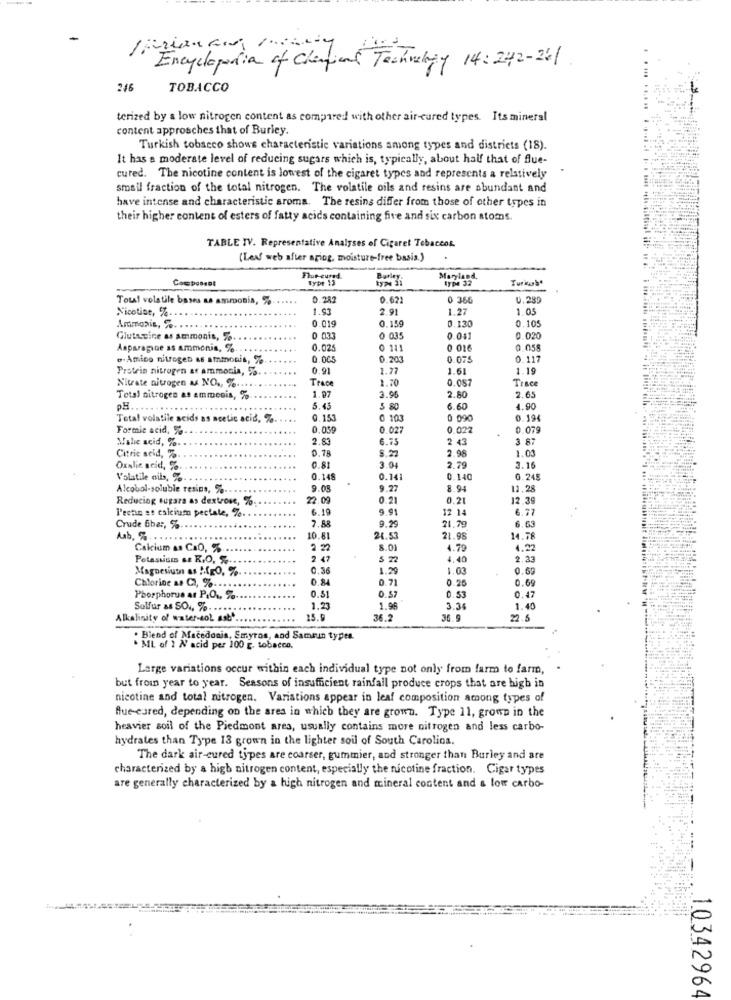
Encyclopedia of Chemical Technology 14:242-261
246
TOBACCO
. .... ....
terized by a low nitrogen content as compared with other air-cured types. Its mineral
content approsches that of Burley.
Turkish tobacco shows characteristic variations among types and districts (18).
It has a moderate level of reducing sugars which is, typically, about half that of flue-
cured. The nicotine content is lowest of the cigaret types and represents a relatively
small fraction of the total nitrogen. The volatile oils and resins are abundant and
have intense and characteristic aroma. The resins differ from those of other types in
their higher content of esters of fatty acids containing fire and six carbon atoms.
TABLE IV. Representative Analyses of Cigaret Tobaccos.
(Leaf web after aring, moisture-free basis.)
Maryland
1TD4 32
Turkul'
Total volstile bases as ammonia, %
.....
0.282
0.622
0 366
0.282
Nicotine, %.
1.93
2.91
1.27
1.05
0.019
0.130
0.105
Ammonin, %
0.159
Glutucine as ammonis, %
0 03
0 035
0.041
0.020
Asparagice as ammonia, %
0.025
0 111
0 016
0.055
o-Amino nitrogen as ammonis, %
0.005
0.203
0.075
0.117
Protein nitrogen af ammonia, %.
0.91
1.77
1.61
1.19
Nitrate nitrogen & NO ., % ....
Trace
2.20
0.057
Trace
1.07
3.96
Total nitrogen as ammenis, %
2.80
2.65
pa ...
5.45
5 80
6.60
4.90
Total volatile acids as acetic acid, %
0.153
0 103
0 090
0.194
Formic acid, %
0.059
0.027
0.022
0.079
Male acid, %. .
2.8
6.75
2 43
3 87
D. 78
8.2
2.98
1.00
Citric acid, %.
Oxalic acid, %
0.81
3.0
2.79
3.16
Volatile oils, %
0.148
0.141
0.140
6.245
Alcobol-soluble resins, %
9.08
9.27
8.94
12.28
Reducing sugara as dextrose, %
22.09
0.21
0.21
12.39
l'echo at calcium pectale, %.
6.19
9.91
12 14
6.77
7.8
9.29
Crude Ebar, %
21.79
6.63
Ab. ..
10.8
21.53
21.98
14.78
Calcium as CaO, %
2 22
8.01
4.79
4.22
2 47
5 22
4.40
2.33
Magnesium as MEO, %
0.36
1.20
1.03
0.69
Chlorine as CI, %. .
0.84
0.7
0.26
0.6
0.47
Phosphorus ar P.O ., %
0.51
0.57
0.5
Sulfur as SO ., %. .. .. .
1.23
1.98
3.3
1.40
Alkalinity of water-sol sab
15.9
36.2
36.9
22.5
. Blend of Macedonia, Smyros, and Samsun types.
. ML of 1 N acid per 100 g. tobacco.
Large variations occur within each individual type not only from farm to farm,
but from year to year. Seasons of insufficient rainfall produce crops that are high in
nicotine and total nitrogen. Variations appear in leaf composition among types of
fue-cured, depending on the area in which they are grown. Type 11, grown in the
heavier soil of the Piedmont ares, usually contains more nitrogen and less carbo-
hydrates than Type 13 grown in the lighter soil of South Carolina.
The dark air-cured types are coarser, gummier, and stronger than Burley and are
characterized by a high nitrogen content, especially the nicotine fraction. Cigar types
are generally characterized by a high nitrogen and mineral content and a low carbo-
10342964